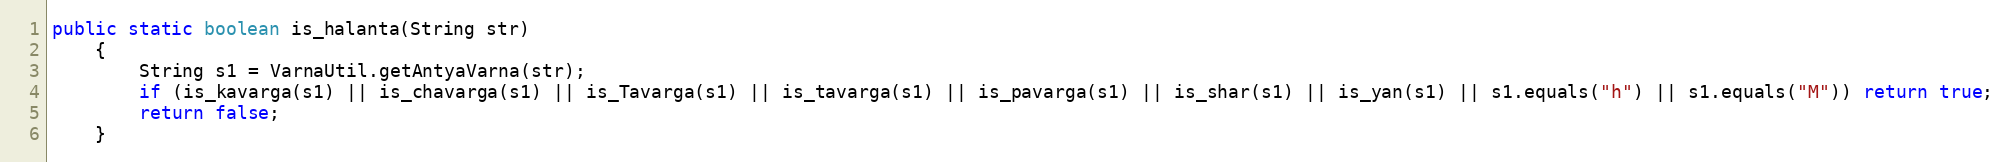
Language: Java
public static boolean is_halanta(String str)
    {
        String s1 = VarnaUtil.getAntyaVarna(str);
        if (is_kavarga(s1) || is_chavarga(s1) || is_Tavarga(s1) || is_tavarga(s1) || is_pavarga(s1) || is_shar(s1) || is_yan(s1) || s1.equals("h") || s1.equals("M")) return true;
        return false;
    }